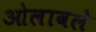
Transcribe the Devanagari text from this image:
ओलावले